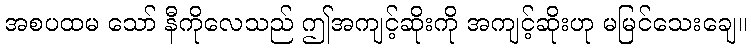
အစပထမ သော် နီကိုလေသည် ဤအကျင့်ဆိုးကို အကျင့်ဆိုးဟု မမြင်သေးချေ။